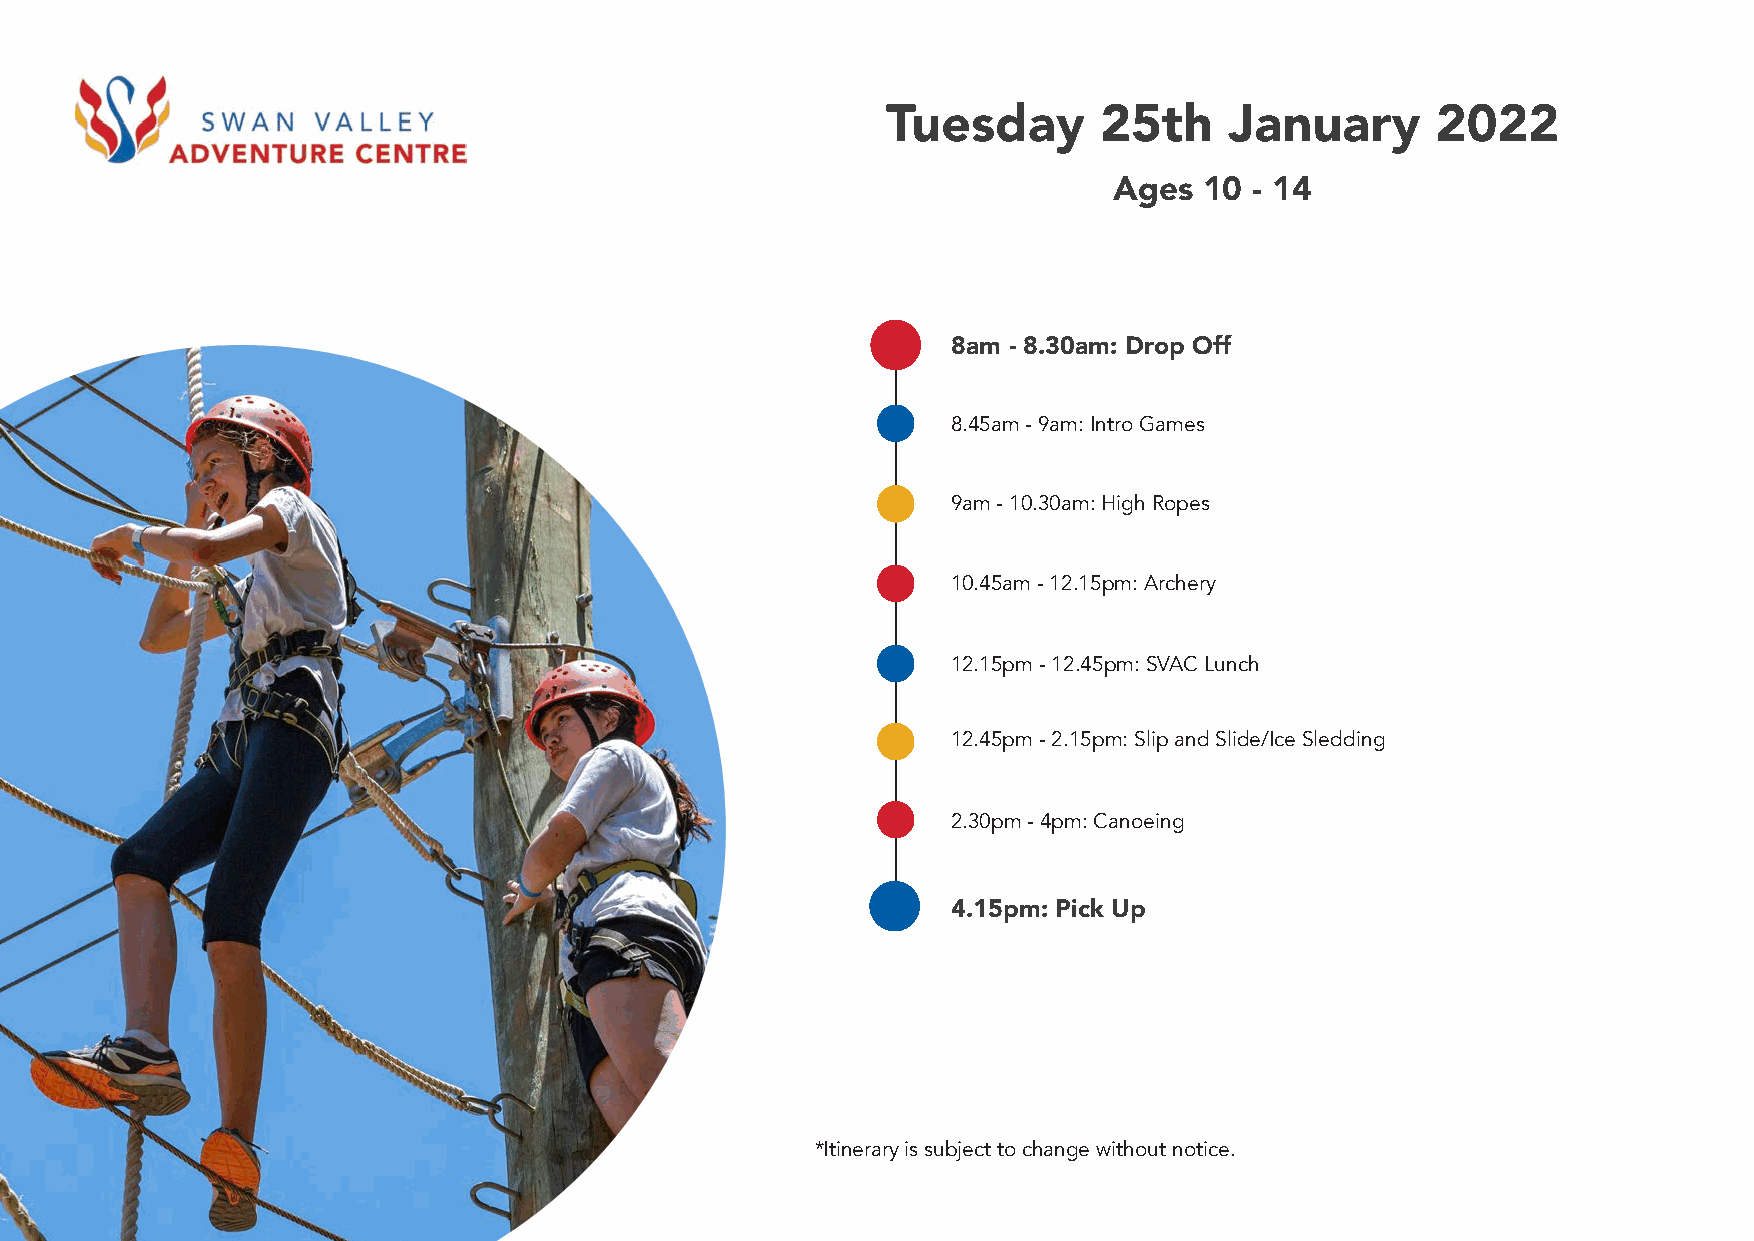
Tuesday       25th    January       2022
 Ages  10 - 14
 8am - 8.30am: Drop Off
 8.45am - 9am: Intro Games
 9am - 10.30am: High Ropes
 10.45am - 12.15pm: Archery
 12.15pm - 12.45pm: SVAC Lunch
 12.45pm - 2.15pm: Slip and Slide/Ice Sledding
 2.30pm - 4pm: Canoeing
 4.15pm: Pick Up
 *Itinerary is subject to change without notice.